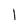
Character: 1